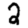
Digit: 2